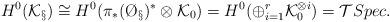
LaTeX: \begin{align*}H^0(\mathcal{K}_\S)\cong H^0(\pi_*(\O_\S)^*\otimes \mathcal{K}_0)=H^0(\oplus_{i=1}^r\mathcal{K}_0^{\otimes i})=\mathcal{T}Spec.\end{align*}